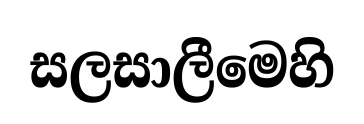
සලසාලීමෙහි